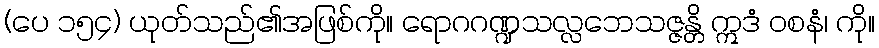
(ပေ ၁၅၄) ယုတ်သည်၏အဖြစ်ကို။ ရောဂဂဏ္ဍသလ္လဘေသဇ္ဇန္တိ ဣဒံ ဝစနံ၊ ကို။